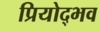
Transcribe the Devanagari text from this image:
प्रियोद्भव